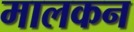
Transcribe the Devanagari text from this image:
मालकन